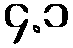
၄.၁